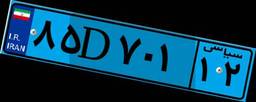
۴۷D۹۰۶۸۶